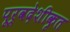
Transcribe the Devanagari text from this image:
पूर्वदेशीकृत